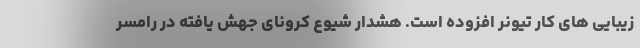
زیبایی های کار تیونر افزوده است. هشدار شیوع کرونای جهش یافته در رامسر